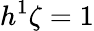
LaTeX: h^{1}\zeta=1